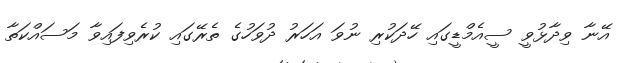
އޭނާ ވިދާޅުވީ ސީއެމްޑީގައި ހޭދަކުރި ނުވަ އަހަރު ދުވަހުގެ ތެރޭގައި ކުރެވިފައިވާ މަސައްކަތާ